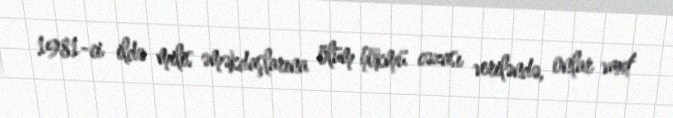
1981-ci ildə milis əməkdaşlarına ölüm hökmü cəzası veriləndə, onlar vaxt